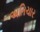
અતિચાર